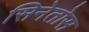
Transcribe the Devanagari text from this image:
सिनेतोस